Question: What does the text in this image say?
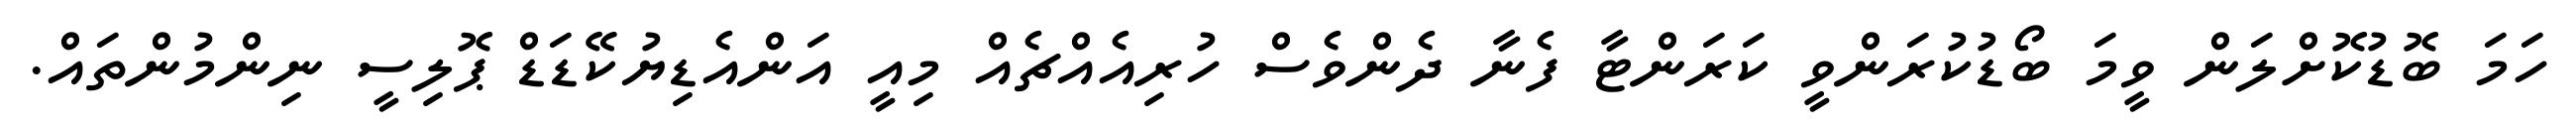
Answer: ހަމަ ބޮޑުކޮށްލަން ވީމަ ބޯޑުކުރަންވީ ކަރަންޓާ ފެނާ ދެންވެސް ހުރިއެއްޗެއް މިއީ އަންއެޑިޔުކޭޑަޑް ޕޮލިސީ ނިންމުންތައް.